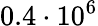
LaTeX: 0.4\cdot 10^{6}